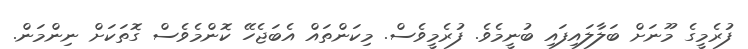
ފުރެމީގެ މޫނަށް ބަލާލައިފައި ބުނީމެވެ. ފުރެމީވެސް. މިކަންތައް އެބަޖެހޭ ކޮންމެވެސް ގޮތަކަށް ނިންމަން.